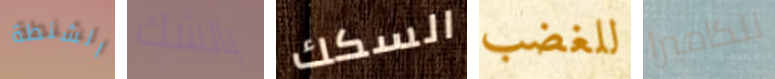
الشنطة بالشك السكك للغضب للكاميرا